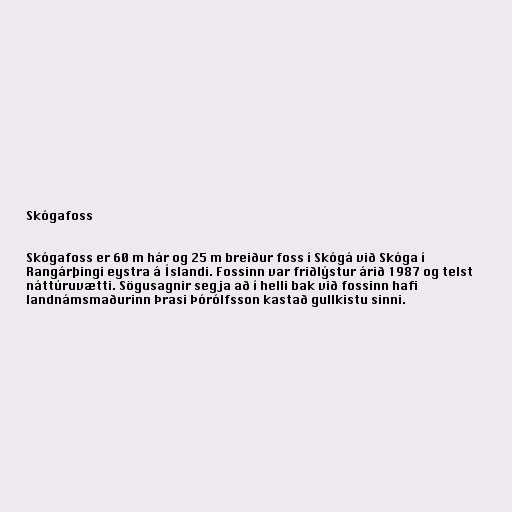
Skógafoss

Skógafoss er 60 m hár og 25 m breiður foss í Skógá við Skóga í
Rangárþingi eystra á Íslandi. Fossinn var friðlýstur árið 1987 og telst
náttúruvætti. Sögusagnir segja að í helli bak við fossinn hafi
landnámsmaðurinn Þrasi Þórólfsson kastað gullkistu sinni.